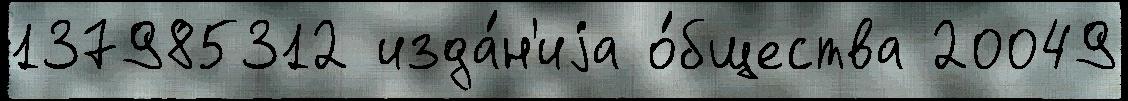
137985312 изда́н'иjа о́бщества 20049